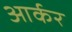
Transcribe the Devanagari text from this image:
आर्कर